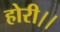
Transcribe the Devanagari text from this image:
होरी।।